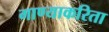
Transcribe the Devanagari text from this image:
गाण्याकरिता